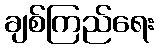
ချစ်ကြည်ရေး